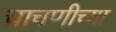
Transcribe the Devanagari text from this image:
चाचणीच्या